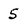
Character: 5